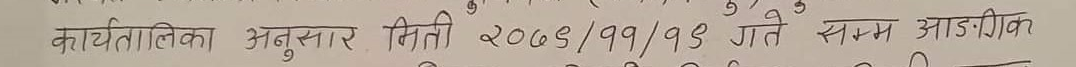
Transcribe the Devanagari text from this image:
कार्यतालिका अनुसार मिति २०७६/११/१६ गते सम्म आडीक